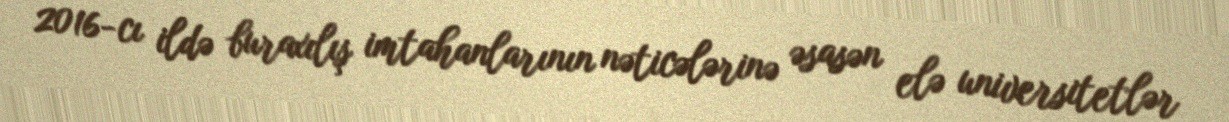
2016-cı ildə buraxılış imtahanlarının nəticələrinə əsasən elə universitetlər